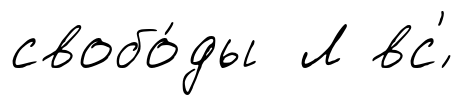
свобо́ды Л вс'́